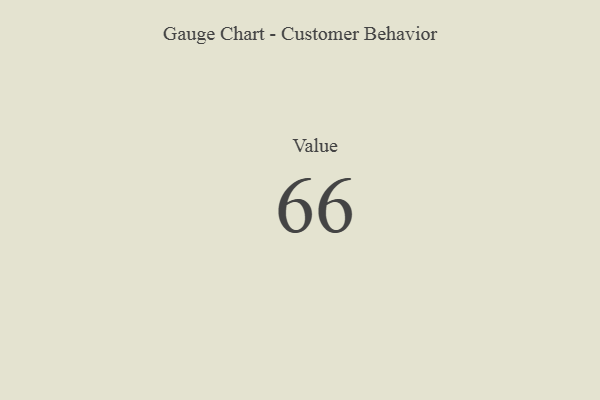
{"axis": {"x": "Metric", "y": "Value"}, "legend": [""], "data": [{"x": "Value", "y": 66, "type": ""}]}